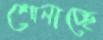
শোনাচ্ছে